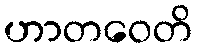
ဟာတဝေတိ